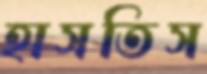
হাসতিস